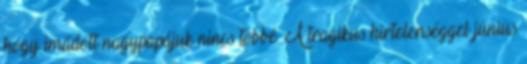
hogy imá­dott nagy­pa­pá­juk nincs többé. A tra­gi­kus hir­te­len­ség­gel jú­nius